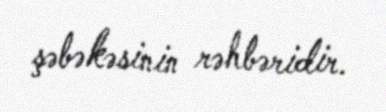
şəbəkəsinin rəhbəridir.